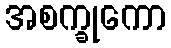
အစက္ခုကော